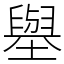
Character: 𡒊